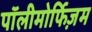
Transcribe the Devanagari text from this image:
पॉलीमोर्फिज़म